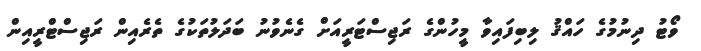
ވޯޓު ދިނުމުގެ ހައްޤު ލިބިފައިވާ މީހުންގެ ރަޖިސްޓަރީއަށް ގެނެވުނު ބަދަލުތަކުގެ ތެރެއިން ރަޖިސްޓްރީއިން